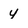
Character: 4